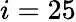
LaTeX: i=25